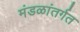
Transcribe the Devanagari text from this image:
मंडळांतर्गत